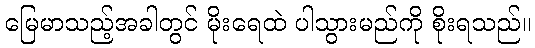
မြေမာသည့်အခါတွင် မိုးရေထဲ ပါသွားမည်ကို စိုးရသည်။